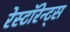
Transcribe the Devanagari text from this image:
रेस्टॉरेन्ट्स